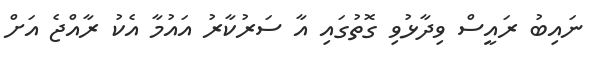
ނައިބު ރައީސް ވިދާޅުވި ގޮތުގައި އާ ސަރުކާރު އައުމާ އެކު ރާއްޖެ އަށް